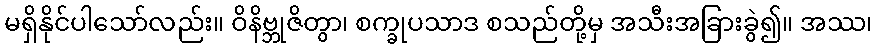
မရှိနိုင်ပါသော်လည်း။ ဝိနိဗ္ဘုဇိတွာ၊ စက္ခုပသာဒ စသည်တို့မှ အသီးအခြားခွဲ၍။ အဿ၊